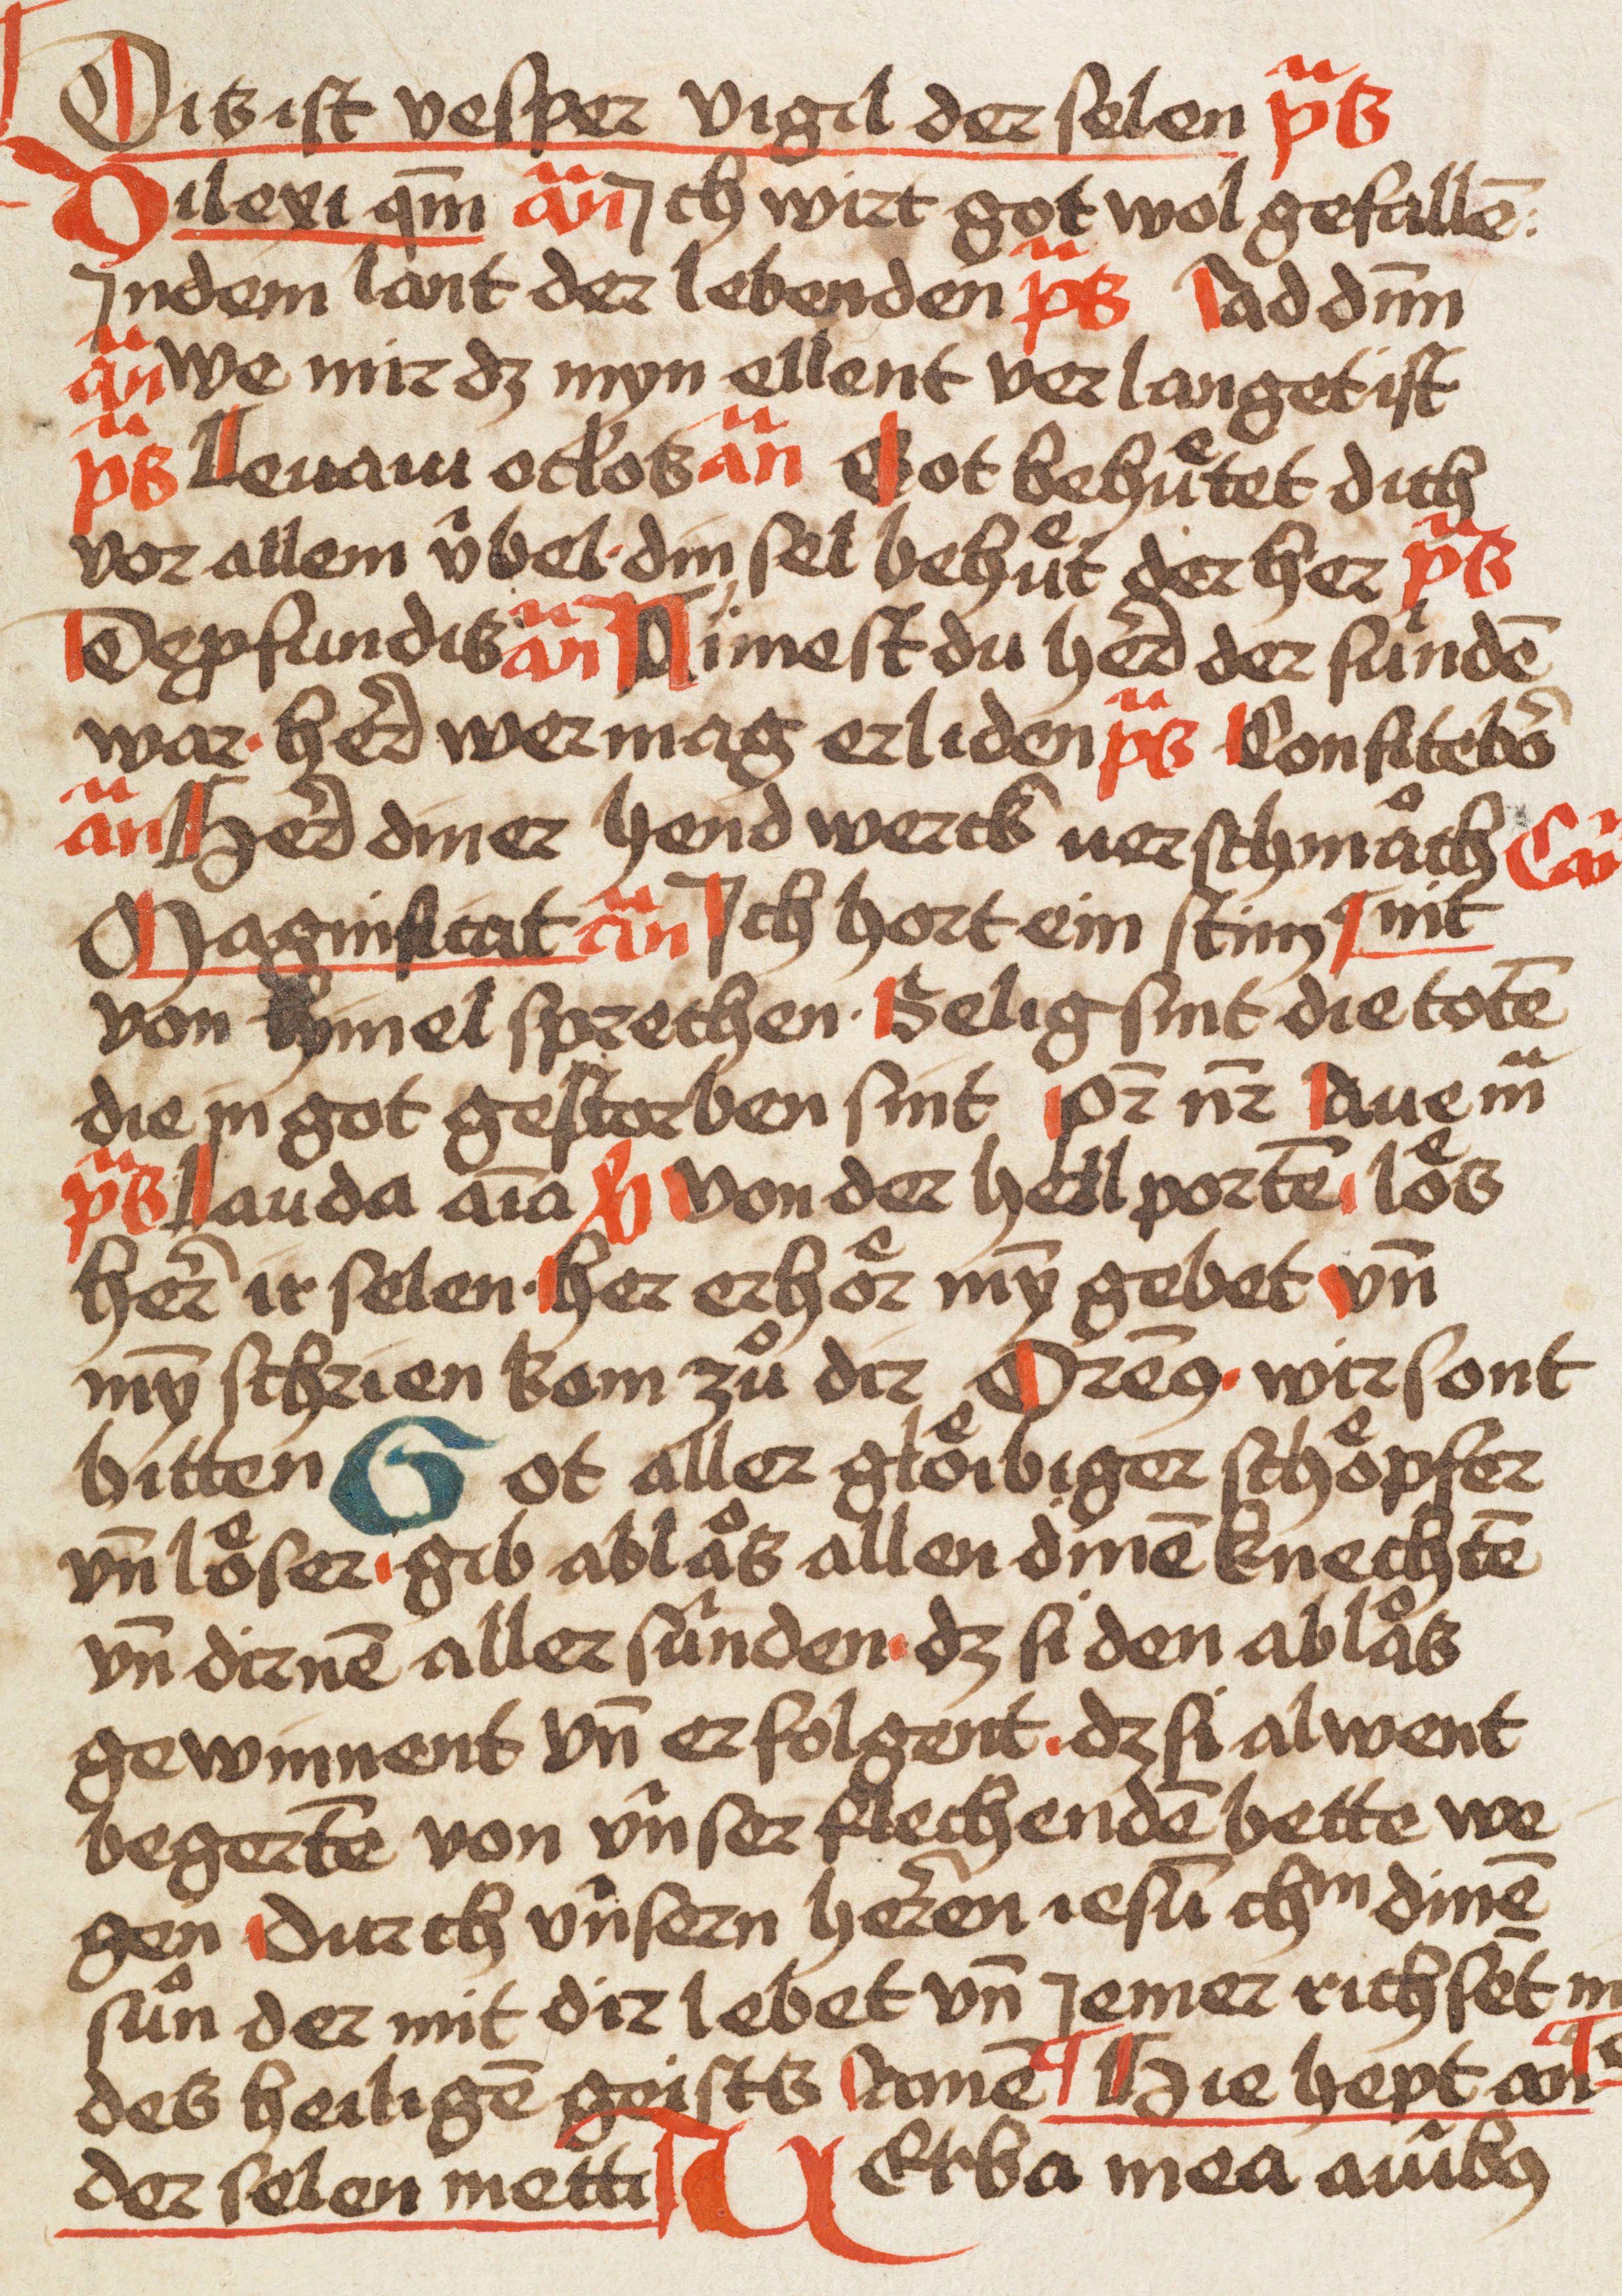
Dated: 1480–1480